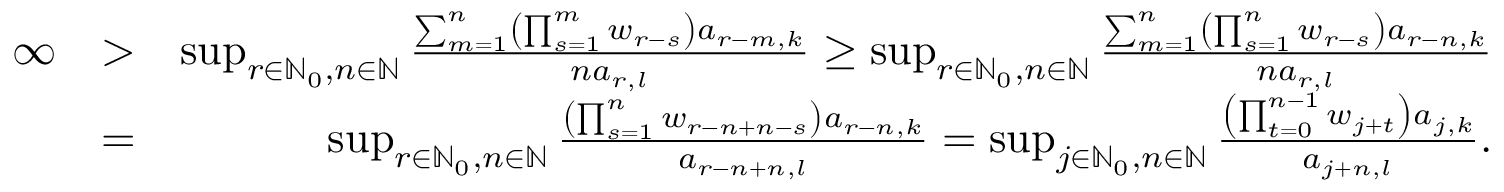
\begin{array} { r l r } { \infty } & { > } & { \operatorname* { s u p } _ { r \in \mathbb { N } _ { 0 } , n \in \mathbb { N } } \frac { \sum _ { m = 1 } ^ { n } \left( \prod _ { s = 1 } ^ { m } w _ { r - s } \right) a _ { r - m , k } } { n a _ { r , l } } \geq \operatorname* { s u p } _ { r \in \mathbb { N } _ { 0 } , n \in \mathbb { N } } \frac { \sum _ { m = 1 } ^ { n } \left( \prod _ { s = 1 } ^ { n } w _ { r - s } \right) a _ { r - n , k } } { n a _ { r , l } } } \\ & { = } & { \operatorname* { s u p } _ { r \in \mathbb { N } _ { 0 } , n \in \mathbb { N } } \frac { \left( \prod _ { s = 1 } ^ { n } w _ { r - n + n - s } \right) a _ { r - n , k } } { a _ { r - n + n , l } } = \operatorname* { s u p } _ { j \in \mathbb { N } _ { 0 } , n \in \mathbb { N } } \frac { \left( \prod _ { t = 0 } ^ { n - 1 } w _ { j + t } \right) a _ { j , k } } { a _ { j + n , l } } . } \end{array}